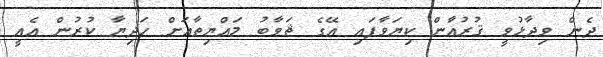
ދެން ވިދާޅުވީ ޤުރުއާން ކިޔަވާފައި އޭގެ ޘަވާބު މައްޔިތާއަށް ހަދިޔާ ކުރުން އެއީ